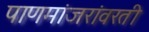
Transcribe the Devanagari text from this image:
पाणमांजरांवरती